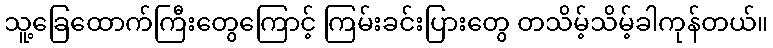
သူ့ခြေထောက်ကြီးတွေကြောင့် ကြမ်းခင်းပြားတွေ တသိမ့်သိမ့်ခါကုန်တယ်။